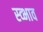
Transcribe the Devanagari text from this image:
स्व्भाव